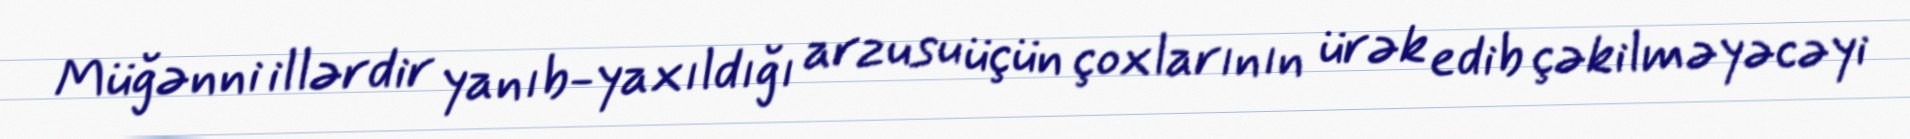
Müğənni illərdir yanıb-yaxıldığı arzusu üçün çoxlarının ürək edib çəkilməyəcəyi